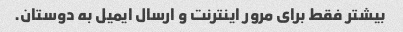
بیشتر فقط برای مرور اینترنت و ارسال ایمیل به دوستان.